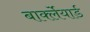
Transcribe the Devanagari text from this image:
बार्क्लेयार्ड